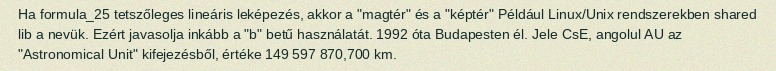
Ha formula_25 tetszőleges lineáris leképezés, akkor a "magtér" és a "képtér" Például Linux/Unix rendszerekben shared lib a nevük. Ezért javasolja inkább a "b" betű használatát. 1992 óta Budapesten él. Jele CsE, angolul AU az "Astronomical Unit" kifejezésből, értéke 149 597 870,700 km.